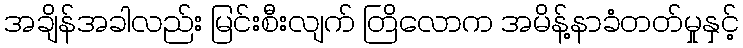
အချိန်အခါလည်း မြင်းစီးလျက် တြိလောက အမိန့်နာခံတတ်မှုနှင့်